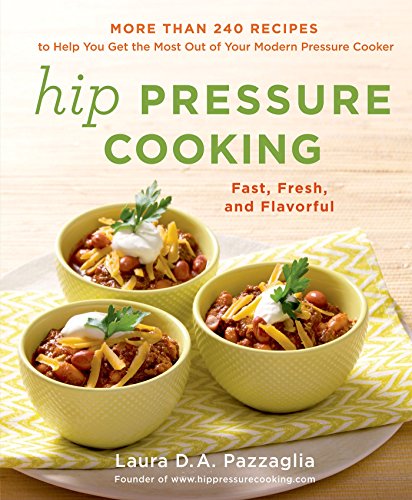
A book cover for Hip Pressure Cooking: Fast, Fresh, and Flavorful; Laura D.A. Pazzaglia; Cookbooks, Food & Wine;